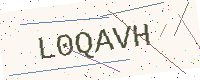
Text: L0QAVH